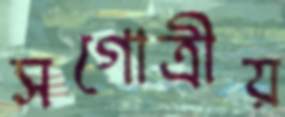
সগোত্রীয়